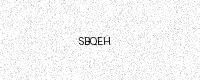
Text: SBQEH